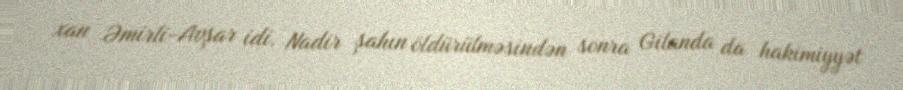
xan Əmirli-Avşar idi. Nadir şahın öldürülməsindən sonra Gilanda da hakimiyyət